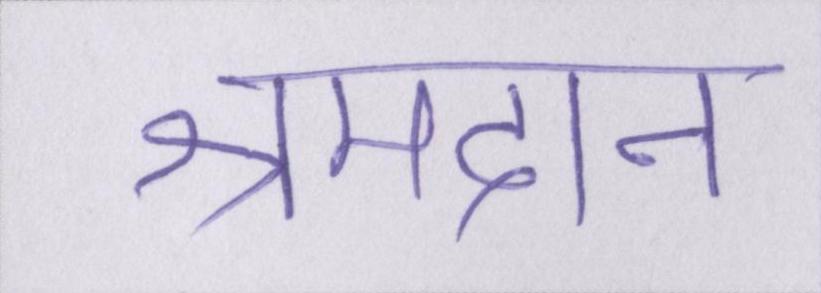
श्रमदान